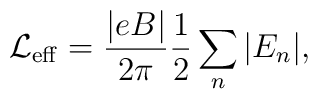
\mbox{$\cal L$}_{{\rm eff}}= \frac{|eB |}{2\pi } \frac{1}{2} \sum_n |E_{n}|,